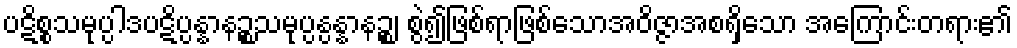
ပဋိစ္စသမုပ္ပါဒပဋိပ္ပန္နာနဉ္စသမုပ္ပန္ပန္နာနဉ္စ၊ စွဲ၍ဖြစ်ရာဖြစ်သောအဝိဇ္ဇာအစရှိသော အကြောင်းတရား၏